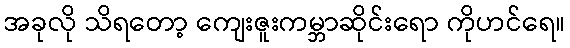
အခုလို သိရတော့ ကျေးဇူးကမ္ဘာဆိုင်းရော ကိုဟင်ရေ။